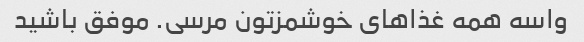
واسه همه غذاهای خوشمزتون مرسی. موفق باشید